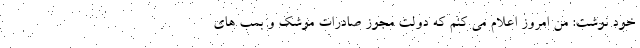
خود نوشت: من امروز اعلام می کنم که دولت مجوز صادرات موشک و بمب های